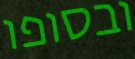
ובסופו